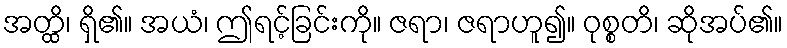
အတ္ထိ၊ ရှိ၏။ အယံ၊ ဤရင့်ခြင်းကို။ ဇရာ၊ ဇရာဟူ၍။ ဝုစ္စတိ၊ ဆိုအပ်၏။